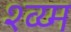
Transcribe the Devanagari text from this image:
श्व्य्म